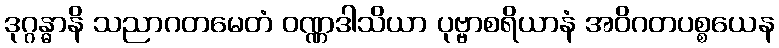
ဒုဂ္ဂန္ဓာနိ သညာဂတမေတံ ဝဏ္ဏဒါသိယာ ပုဗ္ဗာစရိယာနံ အဝိဂတပစ္စယေန